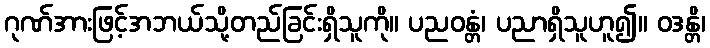
ဂုဏ်အားဖြင့်အဘယ်သို့တည်ခြင်းရှိသူကို။ ပညဝန္တံ၊ ပညာရှိသူဟူ၍။ ဝဒန္တိ၊